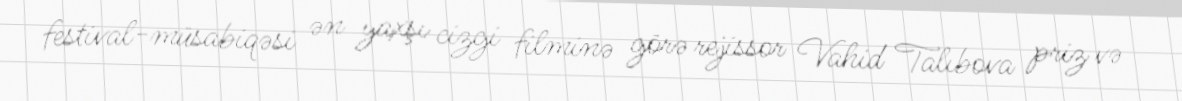
festival-müsabiqəsi ən yaxşı cizgi filminə görə rejissor Vahid Talıbova priz və